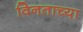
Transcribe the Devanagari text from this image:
विनताच्या